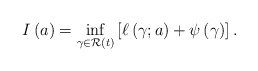
\begin{align*}I \left( a \right) = \inf_{\gamma \in \mathcal{R} \left( t \right)} \left[ \ell \left( \gamma ; a \right) + \psi \left( \gamma \right) \right].\end{align*}